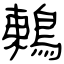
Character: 鶇